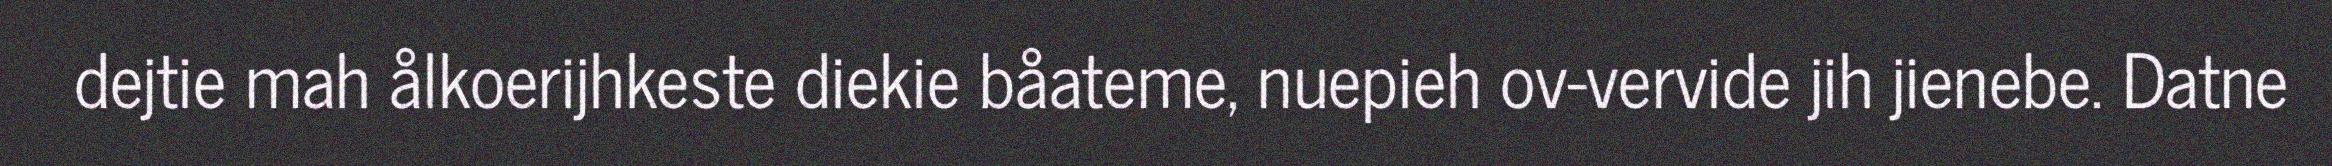
dejtie mah ålkoerijhkeste diekie båateme, nuepieh ov-vervide jih jienebe. Datne